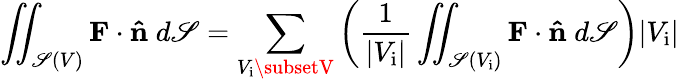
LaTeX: \iint_{\mathscr{S}(V)}\mathbf{{F}}\cdot\mathbf{{\hat{{n}}}}\; d\mathscr{S}=\sum_{V_{\mathrm{{i}}}\subsetV}\left({\frac{{1}}{{|V_{\mathrm{{i}}}|}}}\iint_{\mathscr{S}(V_{\mathrm{{i}}})}\mathbf{{F}}\cdot\mathbf{{\hat{{n}}}}\; d\mathscr{S}\right)|V_{\mathrm{{i}}}|